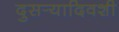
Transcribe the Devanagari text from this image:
दुसर्‍यादिवशी